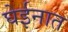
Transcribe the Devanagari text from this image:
घेईनात